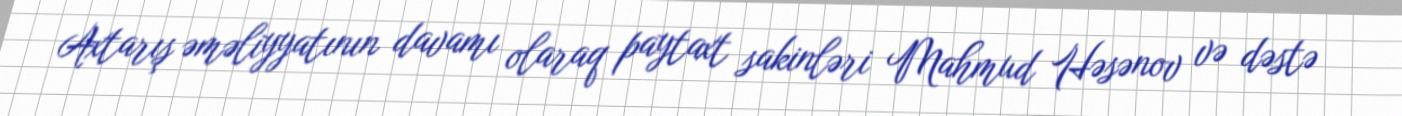
Axtarış əməliyyatının davamı olaraq paytaxt sakinləri Mahmud Həsənov və dəstə